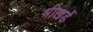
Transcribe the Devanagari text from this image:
श्रीखडें